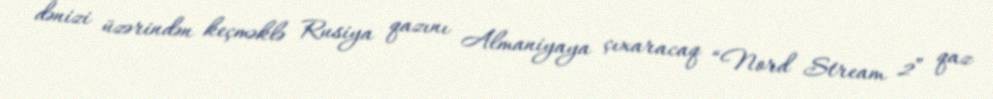
dənizi üzərindən keçməklə Rusiya qazını Almaniyaya çıxaracaq “Nord Stream 2” qaz